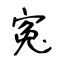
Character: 寃